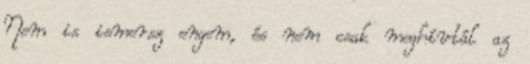
Nem is ismersz engem, és nem csak meghívtál az